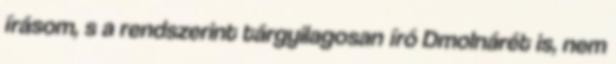
írásom, s a rendszerint tárgyilagosan író Dmolnárét is, nem